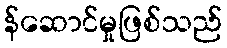
န်ဆောင်မှုဖြစ်သည်